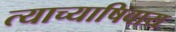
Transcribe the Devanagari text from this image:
त्याच्याषिवाय